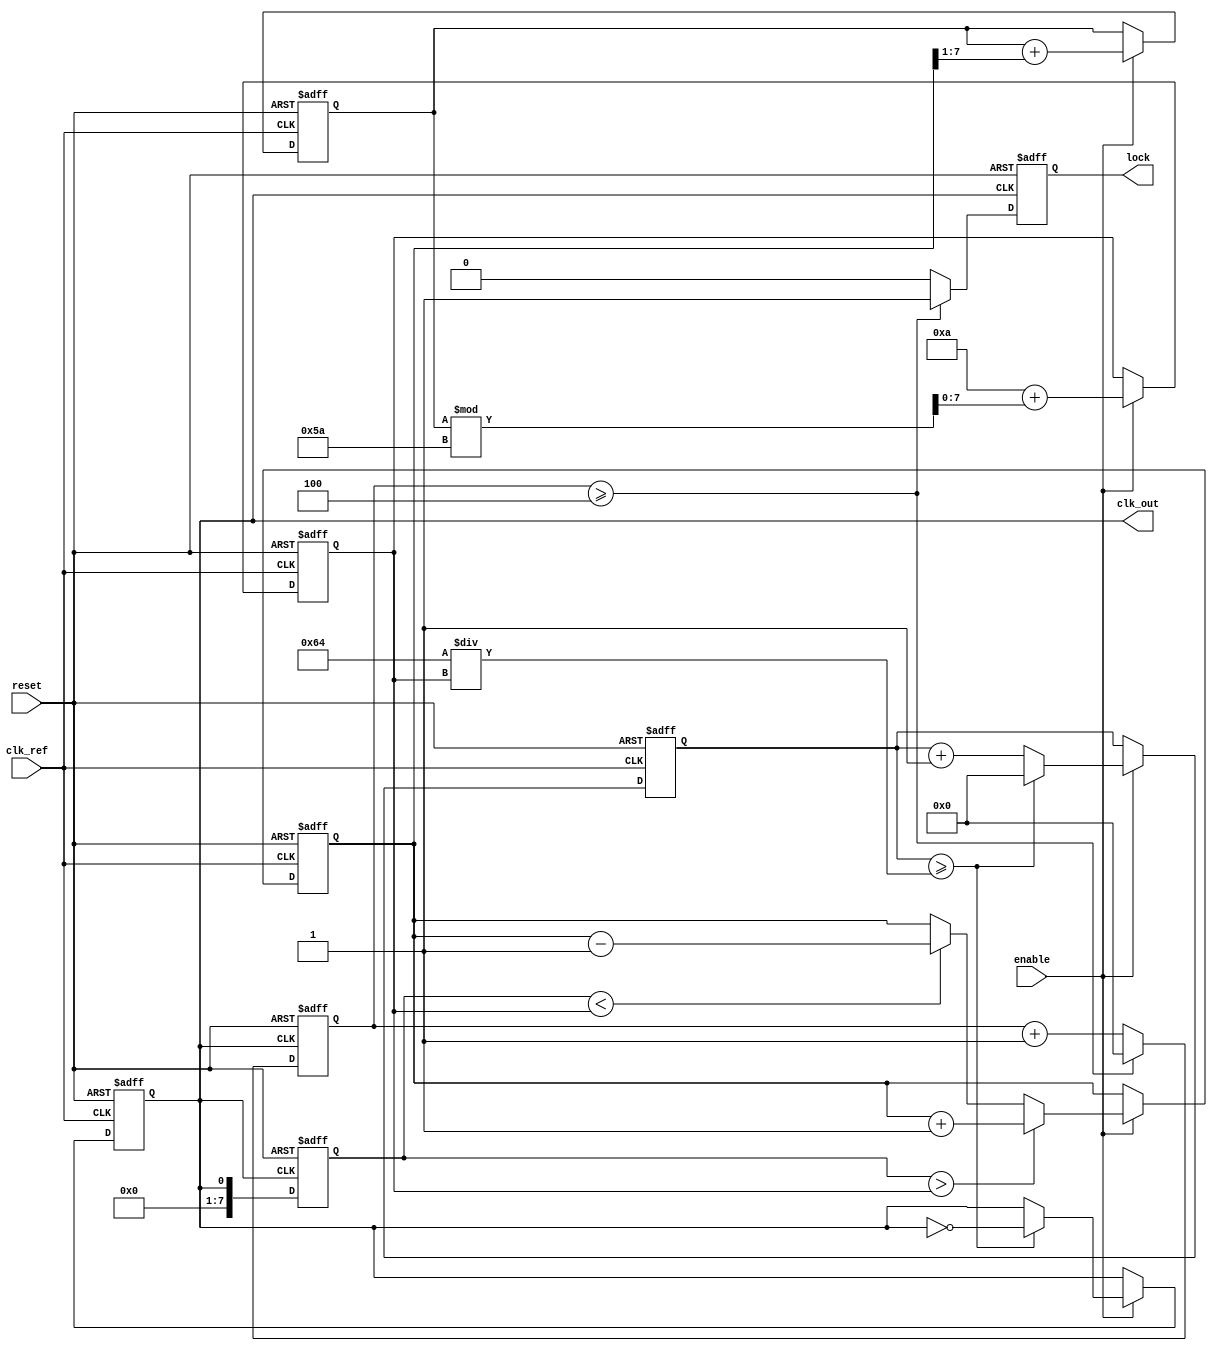
module Linear_PLL (
    input wire clk_ref,             // Reference clock input
    input wire reset,               // Reset signal
    input wire enable,              // Enable signal
    output reg clk_out,             // Output clock signal
    output reg lock                 // Lock status output
);

    // Parameters for VCO, PD, and Divider
    parameter DIV_RATIO = 4;        // Fixed division ratio for the feedback divider
    parameter VCO_MAX_FREQ = 100;   // Max frequency for VCO (arbitrary units)
    parameter VCO_MIN_FREQ = 10;    // Min frequency for VCO (arbitrary units)
    
    // Internal signals
    reg [7:0] phase_error;          // Phase error signal from phase detector
    reg [7:0] control_voltage;       // Control voltage for VCO
    reg [7:0] vco_freq;              // Frequency of the VCO
    reg [7:0] feedback_clk;          // Feedback clock signal
    reg [7:0] vco_counter;           // Counter for VCO output frequency
    reg [7:0] lock_counter;          // Counter for lock detection

    // Phase Detector (PD)
    always @(posedge clk_ref or posedge reset) begin
        if (reset) begin
            phase_error <= 0;
        end else if (enable) begin
            // Simple phase error comparison (for demo purposes)
            if (feedback_clk > vco_freq) begin
                phase_error <= phase_error + 1; // Phase leading
            end else if (feedback_clk < vco_freq) begin
                phase_error <= phase_error - 1; // Phase lagging
            end
        end
    end

    // Low Pass Filter (LPF) - Simple Averaging for demo
    always @(posedge clk_ref or posedge reset) begin
        if (reset) begin
            control_voltage <= 0;
        end else if (enable) begin
            control_voltage <= control_voltage + (phase_error >> 1); // Simple averaging
        end
    end

    // Voltage-Controlled Oscillator (VCO)
    always @(posedge clk_ref or posedge reset) begin
        if (reset) begin
            vco_freq <= VCO_MIN_FREQ;
            vco_counter <= 0;
            clk_out <= 0;
        end else if (enable) begin
            // Update VCO frequency based on control voltage
            vco_freq <= VCO_MIN_FREQ + (control_voltage % (VCO_MAX_FREQ - VCO_MIN_FREQ));

            // Generate the output clock based on the VCO frequency
            vco_counter <= vco_counter + 1;
            if (vco_counter >= (100 / vco_freq)) begin
                clk_out <= ~clk_out;
                vco_counter <= 0;
            end
        end
    end

    // Feedback Divider
    always @(posedge clk_out or posedge reset) begin
        if (reset) begin
            feedback_clk <= 0;
            lock_counter <= 0;
            lock <= 0;
        end else begin
            feedback_clk <= clk_out;
            // Count cycles for lock detection
            lock_counter <= lock_counter + 1;
            if (lock_counter >= DIV_RATIO) begin
                lock <= 1; // Indicate lock status
                lock_counter <= 0; // Reset counter
            end else begin
                lock <= 0;
            end
        end
    end

endmodule